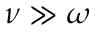
\nu \gg \omega